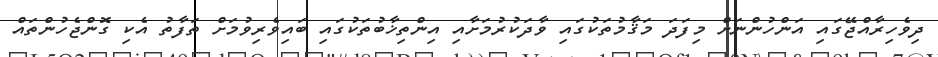
ދިވެހިރާއްޖޭގައި އަންހުންނަށް މިފަދަ މަޤާމުތަކުގައި ވާދަކުރުމަށާއި އިންތިޚާބުތަކުގައި ބައިވެރިވުމަށް ތަފާތު އެކި ގޮންޖެހުންތައް